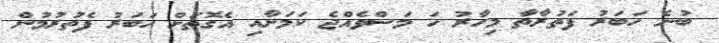
ބުނެ ހަބަރު ފަތުރާތާ މިހާރު ހަ މަސްވެއްޖެ ކަމަށާއި އެގޮތަށް ހަބަރު ފެތުރުމުން